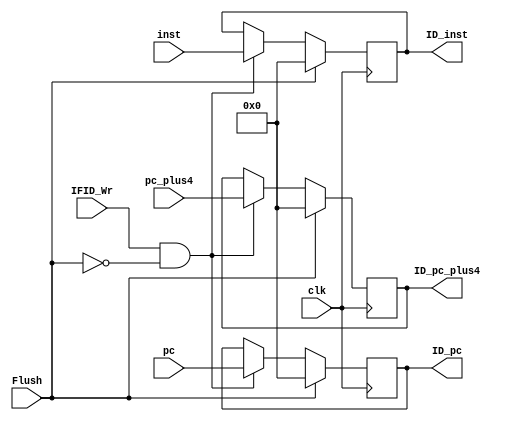
module IF_ID(
    input clk,
    input [31:0] pc,
    input [31:0] pc_plus4,
    input [31:0] inst,
    input IFID_Wr,
    input Flush,

    output reg[31:0] ID_pc,
    output reg[31:0] ID_pc_plus4,
    output reg[31:0] ID_inst
);

initial begin
    ID_pc=32'b0;
    ID_pc_plus4=32'b0;
    ID_inst=32'b0;
end

always@(posedge clk)begin
    if(IFID_Wr&&!Flush)begin    //only ifid wr is true
        ID_inst<=inst;
        ID_pc<=pc;
        ID_pc_plus4<=pc_plus4;
    end
    if(Flush)begin
        ID_inst<=0;
        ID_pc<=0;
        ID_pc_plus4<=0;
    end
end

endmodule